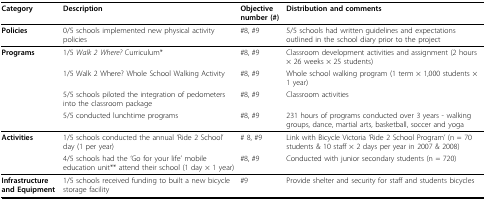
<table><thead><tr><td><b>Category</b></td><td><b>Description</b></td><td><b>Objective number (#)</b></td><td><b>Distribution and comments</b></td></tr></thead><tbody><tr><td><b>Policies</b></td><td>0/5 schools implemented new physical activity policies</td><td>#8, #9</td><td>5/5 schools had written guidelines and expectations outlined in the school diary prior to the project</td></tr><tr><td><b>Programs</b></td><td>1/5 <i>Walk 2 Where? </i>Curriculum*</td><td>#8, #9</td><td>Classroom development activities and assignment (2 hours × 26 weeks × 25 students)</td></tr><tr><td>[EMPTY_CELL]</td><td>1/5 Walk 2 Where? Whole School Walking Activity</td><td>#8, #9</td><td>Whole school walking program (1 term × 1,000 students × 1 year)</td></tr><tr><td>[EMPTY_CELL]</td><td>5/5 schools piloted the integration of pedometers into the classroom package</td><td>#8, #9</td><td>Classroom activities</td></tr><tr><td>[EMPTY_CELL]</td><td>5/5 conducted lunchtime programs</td><td>#8, #9</td><td>231 hours of programs conducted over 3 years - walking groups, dance, martial arts, basketball, soccer and yoga</td></tr><tr><td><b>Activities</b></td><td>1/5 schools conducted the annual 'Ride 2 School' day (1 per year)</td><td># 8, #9</td><td>Link with Bicycle Victoria 'Ride 2 School Program' (n = 70 students &amp; 10 staff × 2 days per year in 2007 &amp; 2008)</td></tr><tr><td>[EMPTY_CELL]</td><td>4/5 schools had the 'Go for your life' mobile education unit** attend their school (1 day × 1 year)</td><td>#8, #9</td><td>Conducted with junior secondary students (n = 720)</td></tr><tr><td><b>Infrastructure and Equipment</b></td><td>1/5 schools received funding to built a new bicycle storage facility</td><td>#9</td><td>Provide shelter and security for staff and students bicycles</td></tr></tbody></table>